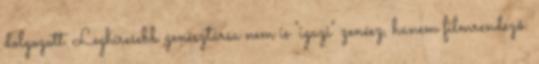
dolgozott. Leghíresebb zenésztársa nem is "igazi" zenész, hanem filmrendező: